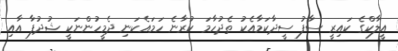
އީލާކްގެ ކައިރީ ސާފު ސީދާކަމާއެކު ތެދުހާމަ ކުރާނެ ހަމައެކަނި ދެމީހުންނަކީ ޝުދުފާ އާއި